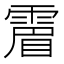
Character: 𩄎